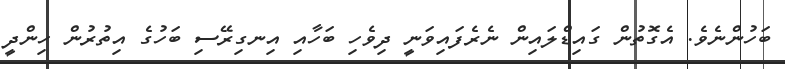
ބަހުންނެވެ. އެގޮތުން ގައިޑްލައިން ނެރެފައިވަނީ ދިވެހި ބަހާއި އިނގިރޭސި ބަހުގެ އިތުރުން ހިންދީ